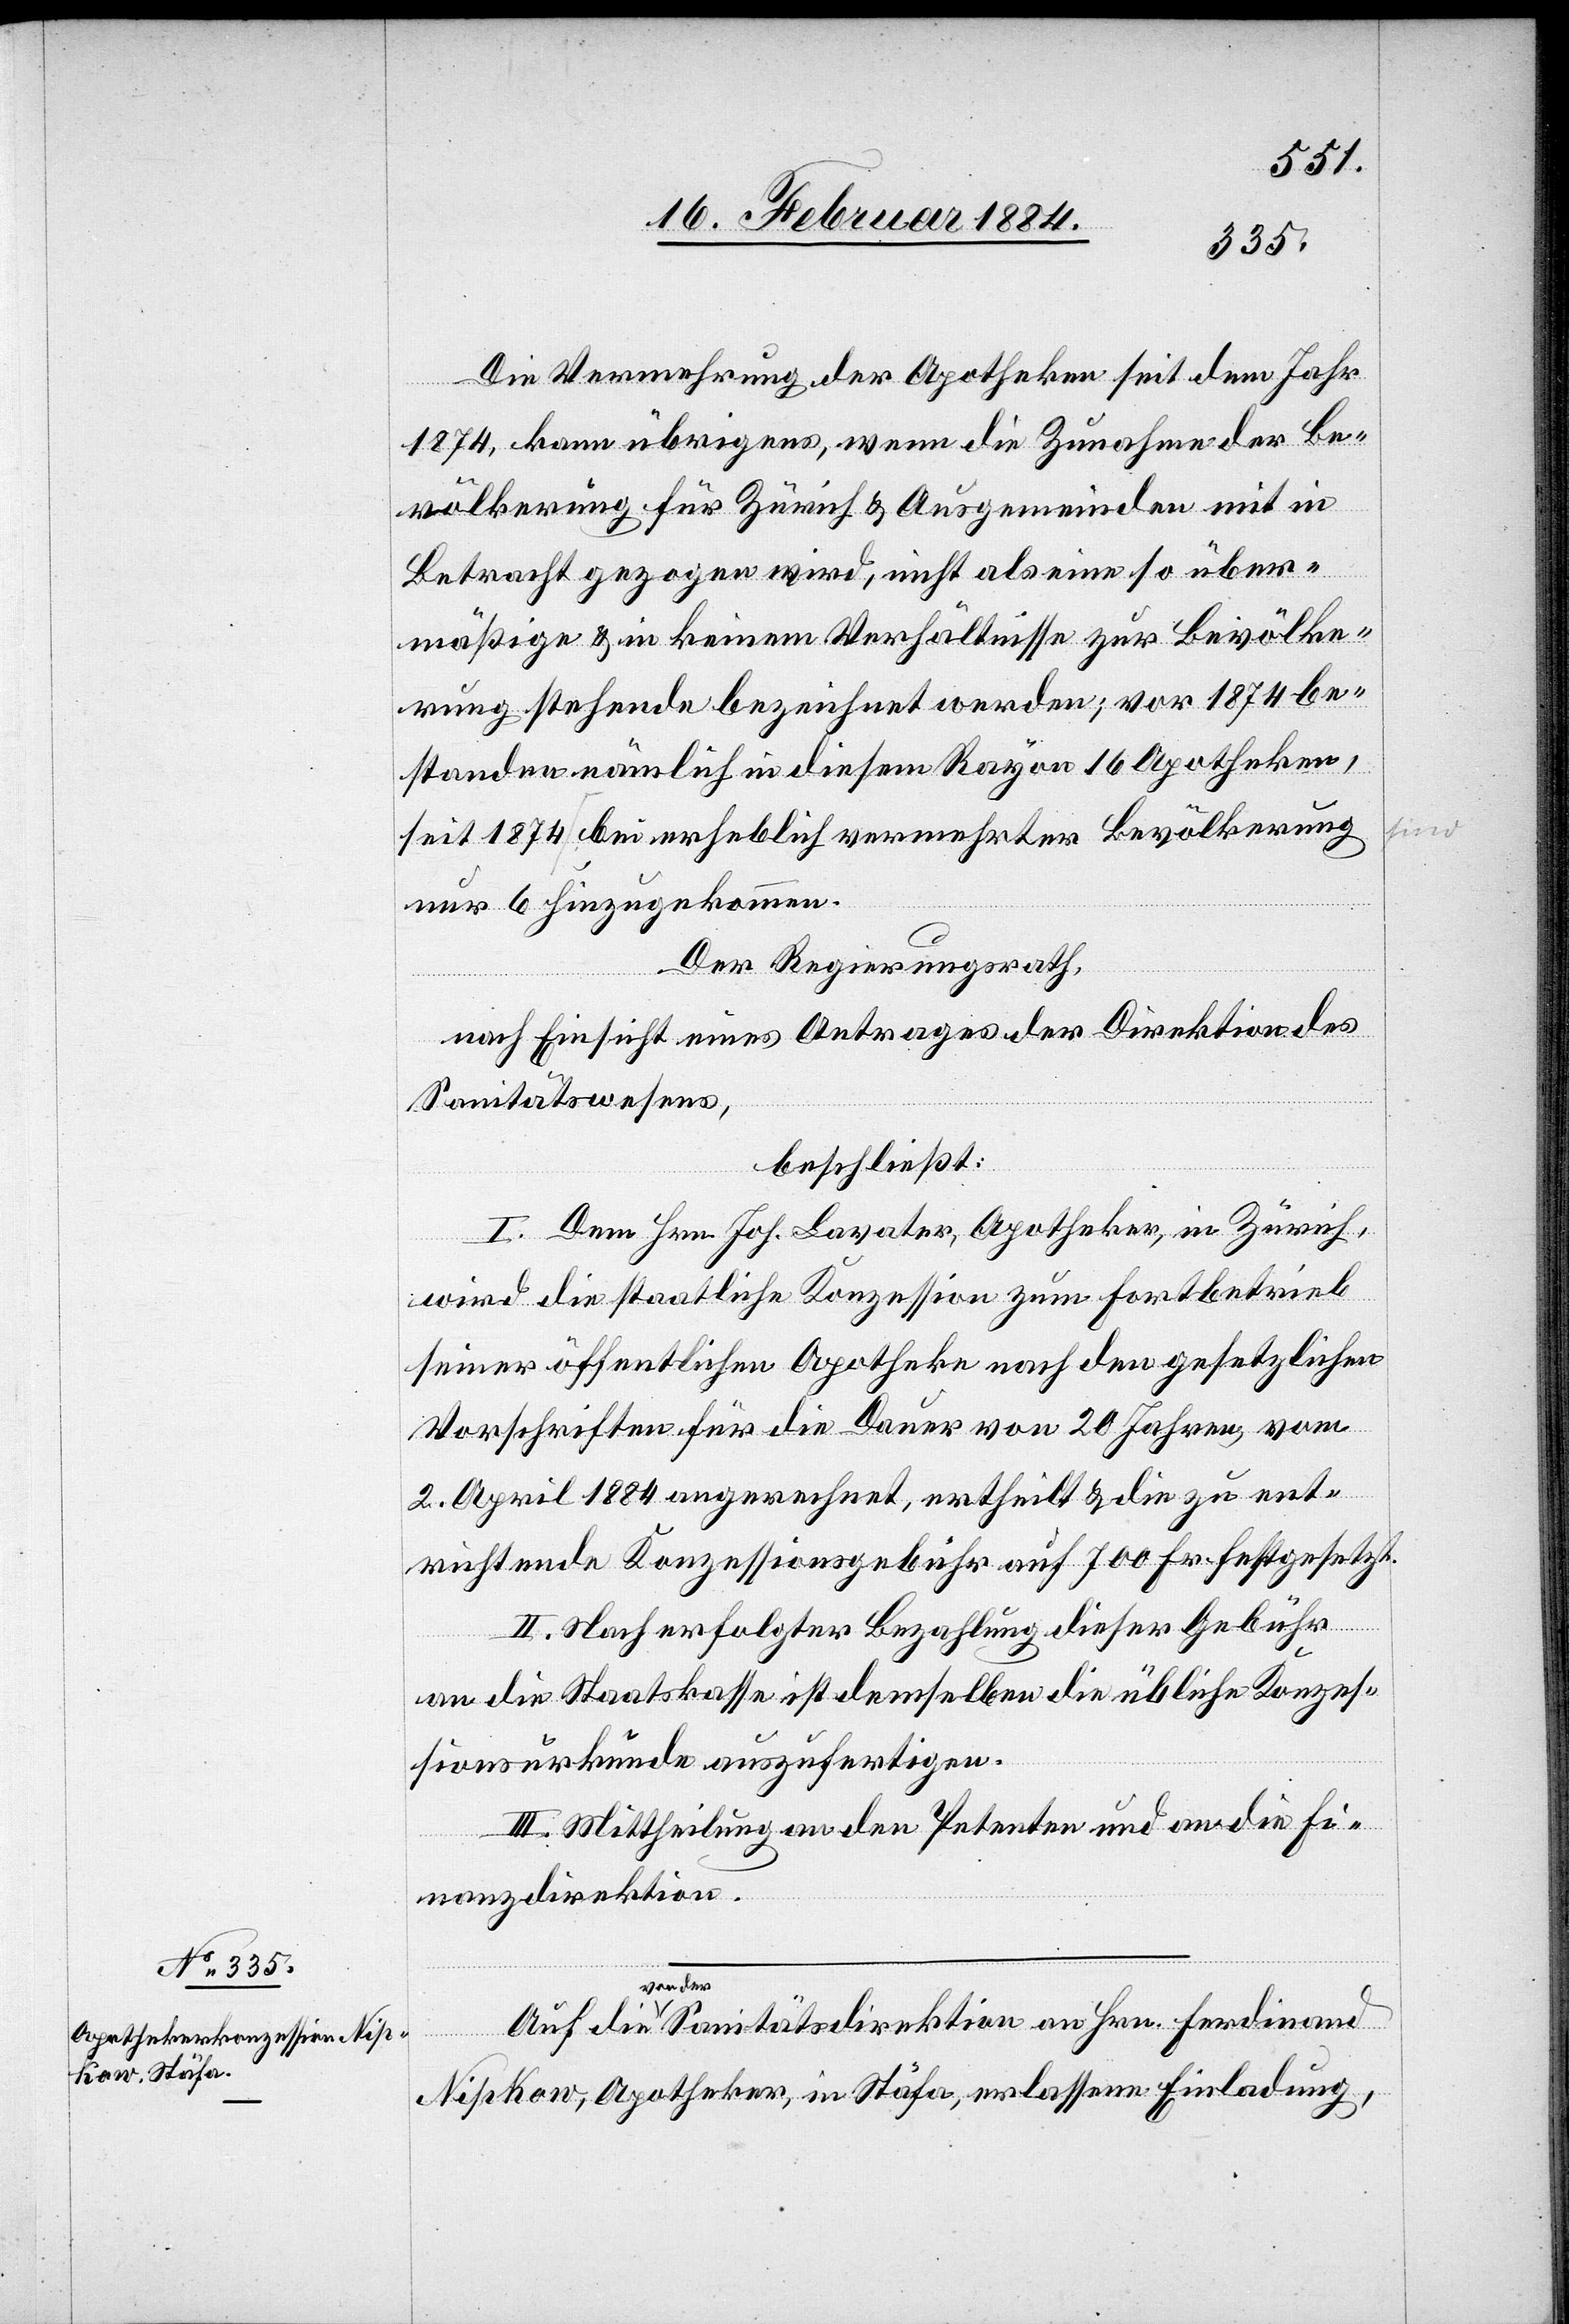
Die Vermehrung der Apotheken seit dem Jahr
1874 kann übrigens, wenn die Zunahme der Be¬
völkerung für Zürich & Ausgemeinden mit in
Betracht gezogen wird, nicht als eine so über¬
mäßige & in keinem Verhältnisse zur Bevölke¬
rung stehende bezeichnet werden; vor 1874 be¬
standen nämlich in diesem Rayon 16 Apotheken,
seit 1874 sind bei erheblich vermehrter Bevölkerung
nur 6 hinzugekommen.
Der Regierungsrath,
nach Einsicht eines Antrages der Direktion des
Sanitätswesens,
beschließt:
I. Dem Hrn. Joh. Lavater, Apotheker, in Zürich,
wird die staatliche Konzession zum Fortbetrieb
seiner öffentlichen Apotheke nach den gesetzlichen
Vorschriften für die Dauer von 20 Jahren, vom
2. April 1884 angerechnet, ertheilt & die zu ent¬
richtende Konzessionsgebühr auf 700 Fr. festgesetzt.
II. Nach erfolgter Bezahlung dieser Gebühr
an die Staatkasse ist demselben die übliche Konzes¬
sionsurkunde auszufertigen.
III. Mittheilung an den Petenten und an die Fi¬
nanzdirektion.
von der
Nipkow, Apotheker, in Stäfa, erlassene Einladung,